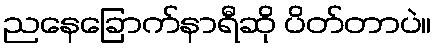
ညနေခြောက်နာရီဆို ပိတ်တာပဲ။